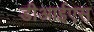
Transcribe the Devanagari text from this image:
डीआईएस